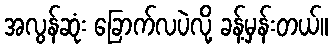
အလွန်ဆုံး ခြောက်လပဲလို့ ခန့်မှန်းတယ်။